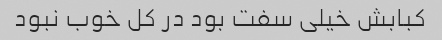
کبابش خیلی سفت بود در کل خوب نبود